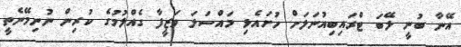
އޭނާ ބުނީ ލޭބަ ޓްރައިބިއުނަލަށް ހުށައެޅި މައްސަލަ ވަޒީފާ ގެއްލުމުގެ ކުރިން ނުނިމޭނެތީ